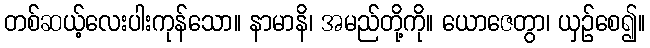
တစ်ဆယ့်လေးပါးကုန်သော။ နာမာနိ၊ အမည်တို့ကို။ ယောဇေတွာ၊ ယှဉ်စေ၍။